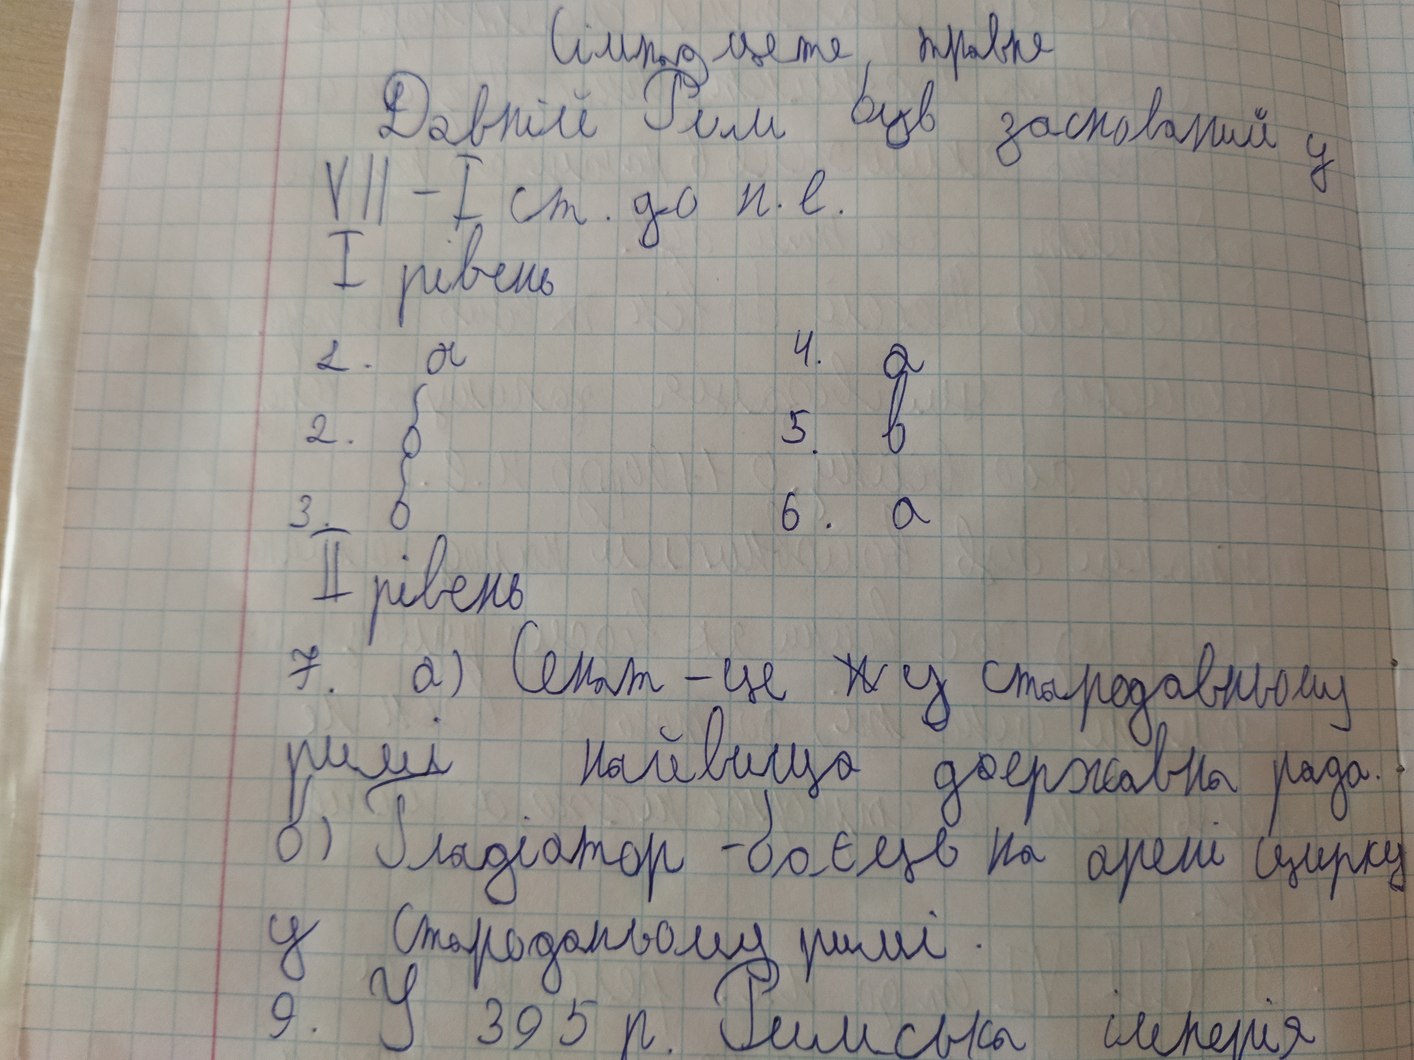
Сімнадцяте травня
Давній Рим був заснований у
VII - I ст. до н. е.
I рівень
4. а
1. а
5. в
2. б
3. б
6. а
II рівень
7. а) Сенат - це ~~п~~ у стародавньому
римі. найвища державна рада.
б) Гладіатор - боєць на арені цирку
У Стародавньому римі.
9. У 395 р. Римська імперія